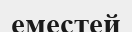
еместей